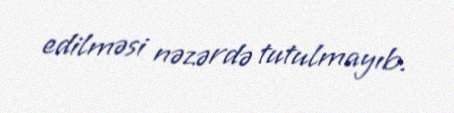
edilməsi nəzərdə tutulmayıb.